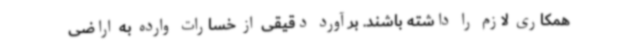
همکاری لازم را داشته باشند. برآورد دقیقی از خسارات وارده به اراضی